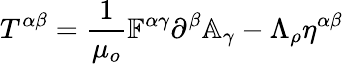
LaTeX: T^{\alpha\beta}=\frac{1}{\mu_{o}}\mathbb{F}^{\alpha\gamma}\partial^{\beta}\mathbb{A}_{\gamma}-\Lambda_{\rho}\eta^{\alpha\beta}